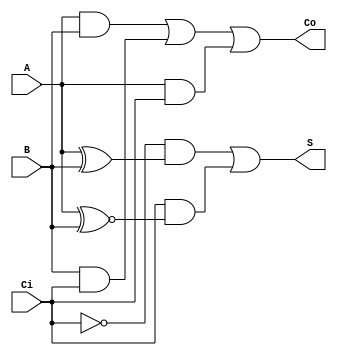
//Soma A + B + Ci(Carry in) e da o retorno equivalente em S(soma) e Co(Carry out)
module somador1bit(A,B,S,Co,Ci);

	input A,B,Ci;
	output S,Co;
	assign S = ~Ci&(A^B) | Ci&(A^~B);
	assign Co = A&B | B&Ci | A&Ci;

endmodule